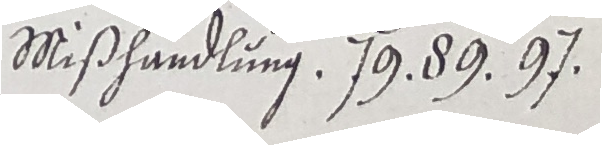
Mißhandlung. 79 89. 9J.